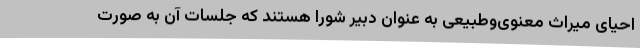
احیای میراث معنوی‌وطبیعی به عنوان دبیر شورا هستند که جلسات آن به صورت